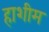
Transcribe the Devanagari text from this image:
हाशीम